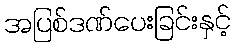
အပြစ်ဒဏ်ပေးခြင်းနှင့်